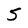
Character: 5